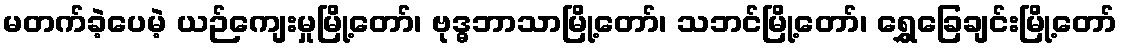
မတက်ခဲ့ပေမဲ့ ယဉ်ကျေးမှုမြို့တော်၊ ဗုဒ္ဓဘာသာမြို့တော်၊ သဘင်မြို့တော်၊ ရွှေခြေချင်းမြို့တော်